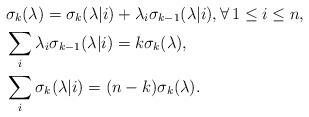
LaTeX: \begin{align*}&\sigma_k(\lambda)=\sigma_k(\lambda|i)+\lambda_i\sigma_{k-1}(\lambda|i), \forall \,1\leq i\leq n,\\&\sum_i \lambda_i\sigma_{k-1}(\lambda|i)=k\sigma_{k}(\lambda),\\&\sum_i\sigma_{k}(\lambda|i)=(n-k)\sigma_{k}(\lambda).\end{align*}